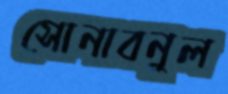
সোনাবনুল